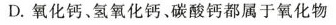
D.氧化钙、氢氧化钙、碳酸钙都属于氧化物